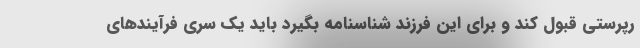
رپرستی قبول کند و برای این فرزند شناسنامه بگیرد باید یک سری فرآیندهای